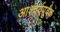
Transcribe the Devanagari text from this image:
आश्चर्यपूर्वक